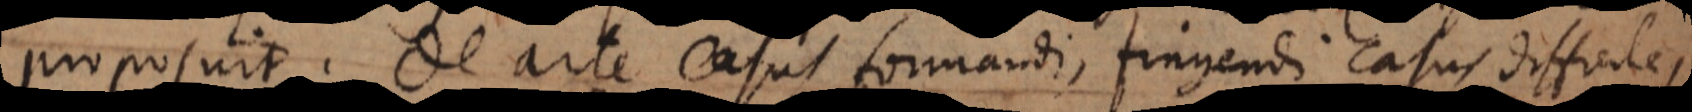
proposuit. De arte casus formandi, fingendi casus difficiles,